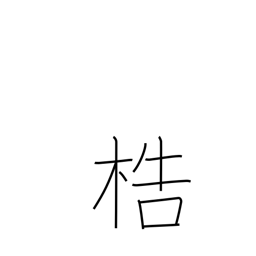
Meaning: manacles